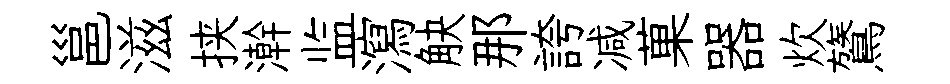
邕滋挟澣监瀉觖那誇减菓器炊鷟